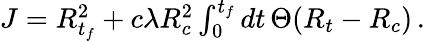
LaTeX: \begin{array}{r}{J=R_{t_{f}}^{2}+c\lambda R_{c}^{2}\int_{0}^{t_{f}}dt\, \Theta(R_{t}-R_{c})\, .}\end{array}